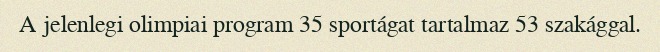
A jelenlegi olimpiai program 35 sportágat tartalmaz 53 szakággal.